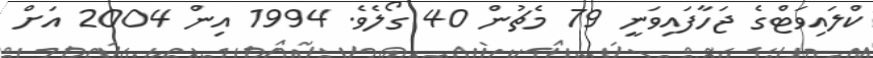
ކްލައިވަޓްގެ ޖަހާފައިވަނީ 79 މެޗުން 40 ގޯލެވެ. 1994 އިން 2004 އަށް